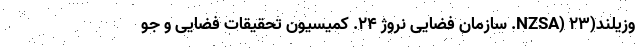
وزیلند(NZSA) ۲۳. سازمان فضایی نروژ ۲۴. کمیسیون تحقیقات فضایی و جو